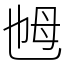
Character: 乸